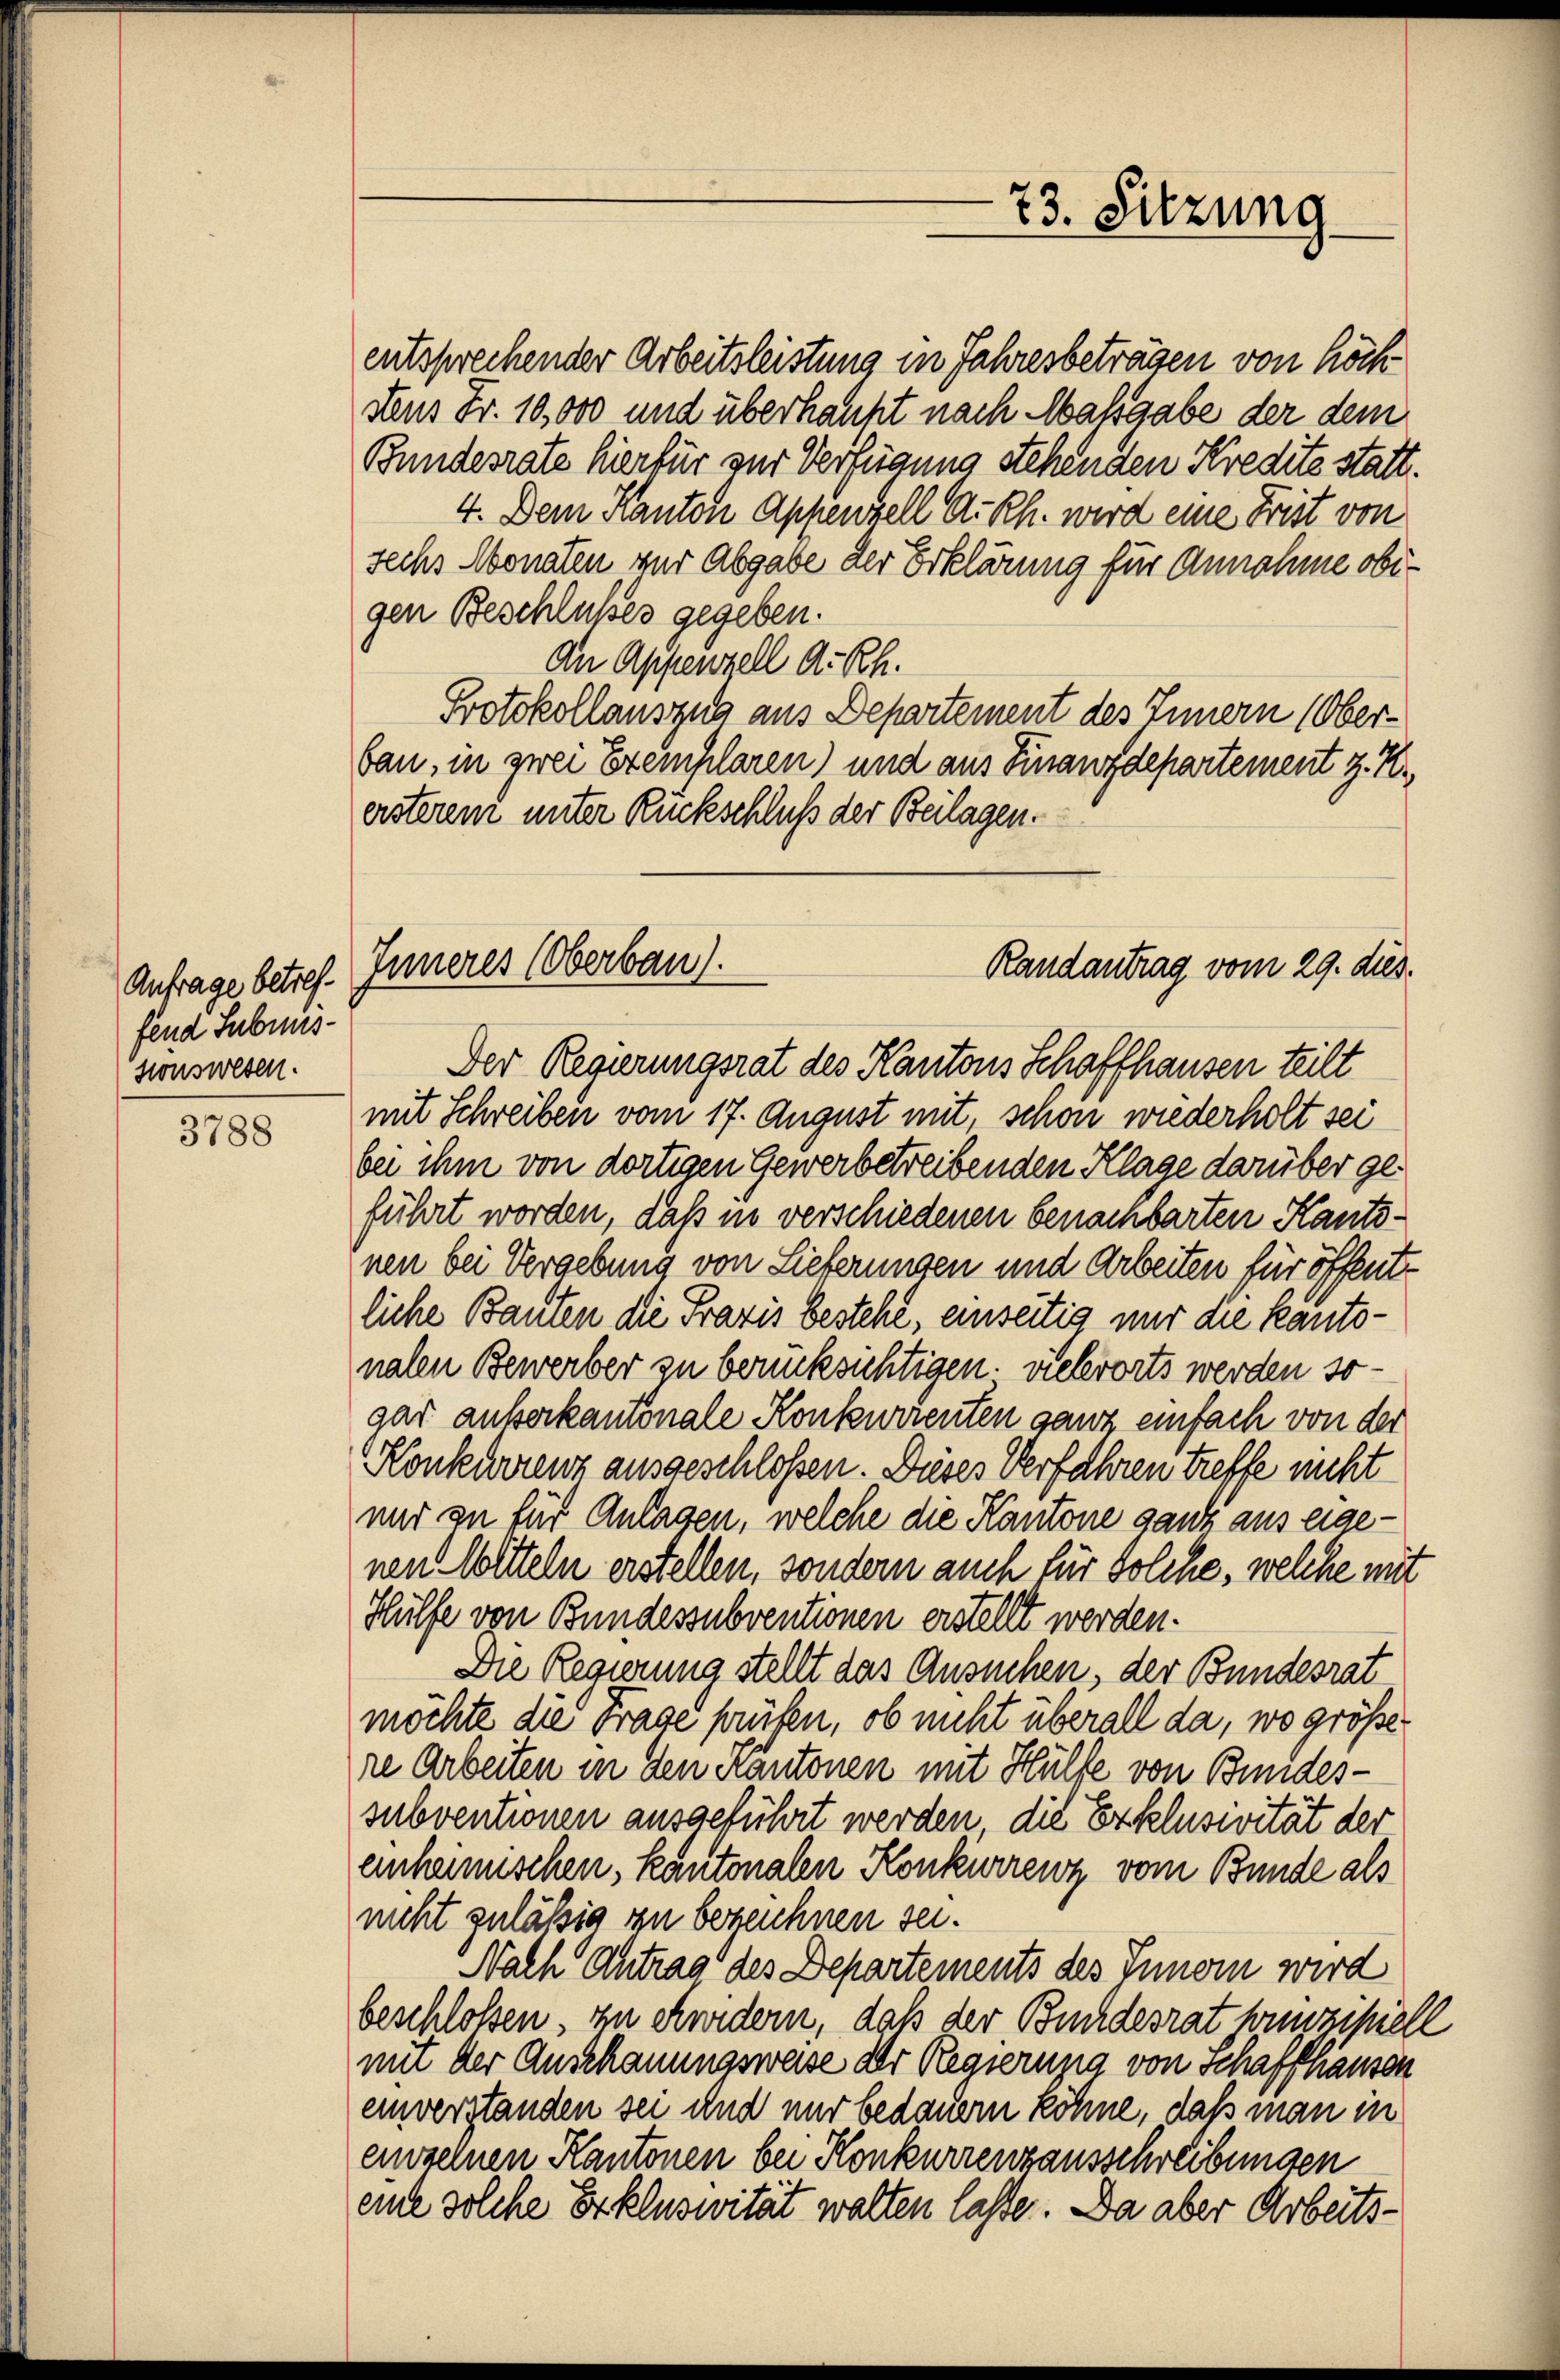
Anfrage betreffend Submis¬
Honswesen.

3788

entsprechender Arbeitsleistung in Jahresbeträgen von höch
Aus Fr. 10,000 und überhaupt nach Massgabe der dem
Bundesrate hierfür zur Verfügung stehenden Kredite statt.
4. Dem Kanton Appenzell A.- Rh. wird eine Frist von
sechs Monaten zur Abgabe der Erklärung für Annahme obigen Beschlußes gegeben.
An Appenzell A.-Rh.
Protokollauszug aus Departement des Innern (Oberbau, in zwei Exemplaren) und aus Finanzdepartement z. K.
ersterem unter Rückschluß der Beilagen.
Der Regierungsrat des Kantons Schaffhausen teilt
mit Schreiben vom 17. August mit, schon wiederholt sei
bei ihm von dortigen Gewerbetreibenden Klage darüber geführt worden, daß in verschiedenen benachbarten Kantonen bei Vergebung von Lieferungen und Arbeiten für öffent
liche Bauten die Fravis besteht, einseitig nur die kantonalen Bewerber zu berücksichtigen, vielerorts werden sogar außerkantonale Konkurrenten ganz einfach von der
Konkurrenz ausgeschloßen. Dieses Verfahren treffe nicht
und zu für Anlagen, welche die Kantone ganz aus eigenen Witteln erstellen, sondern auch für Solche, welche mit
Hülfe von Bundessubventionen erstellt werden.
Die Regierung stellt das Ansuchen, der Bundesrat
möchte die Frage prüfen, ob nicht überall da, wo größe
re Arbeiten in den Kantonen mit Hülfe von Bundes-
subventionen ausgeführt werden die Erklusivität der
einheimischen, kantonalen Konkurrenz vom Bunde als
nicht zulässig zu bezeichnen sei.
Nach Antrag des Departements des Innern wird
beschloßen, in ewidern, daß der Bundesrat hinzipiell
mit der Anschauungsweise der Regierung von Schaffhausen
einverstanden sei und nur bedauern köhne, daß man in
einseinen Kantonen bei Konkurrenzausschreibungen
eine solche Erkluswität walten lasse. Da aber Arbeits¬

73. Sitzung

Inneres (Oberbau).
Randantrag vom 29. dies.